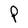
Character: P